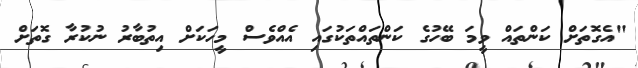
"އެގޮތަށް ކަންތައް ވީމަ ބޭހުގެ ކަންތައްތަކުގައި އެއްވެސް މީހަކަށް އިތުބާރު ނުކުރާ ގޮތަށް